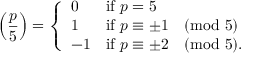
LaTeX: \left( { \frac { p } { 5 } } \right) = { \left\{ \begin{array} { l l } { 0 } & { { \mathrm { i f ~ } } p = 5 } \\ { 1 } & { { \mathrm { i f ~ } } p \equiv \pm 1 { \pmod { 5 } } } \\ { - 1 } & { { \mathrm { i f ~ } } p \equiv \pm 2 { \pmod { 5 } } . } \end{array} \right. }